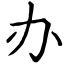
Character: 办